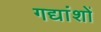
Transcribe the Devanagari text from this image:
गद्यांशों